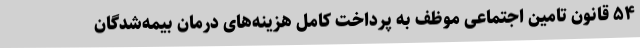
۵۴ قانون تامین اجتماعی موظف به پرداخت کامل هزینه‌های درمان بیمه‌شدگان